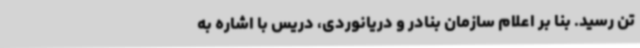
تن رسید. بنا بر اعلام سازمان بنادر و دریانوردی، دریس با اشاره به